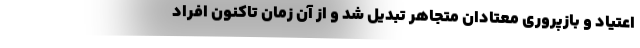
اعتیاد و بازپروری معتادان متجاهر تبدیل شد و از آن زمان تاکنون افراد